Report on the Civil Veterinary Department, Eastern Bengal and Assam - 1907-1911
Year: 1907
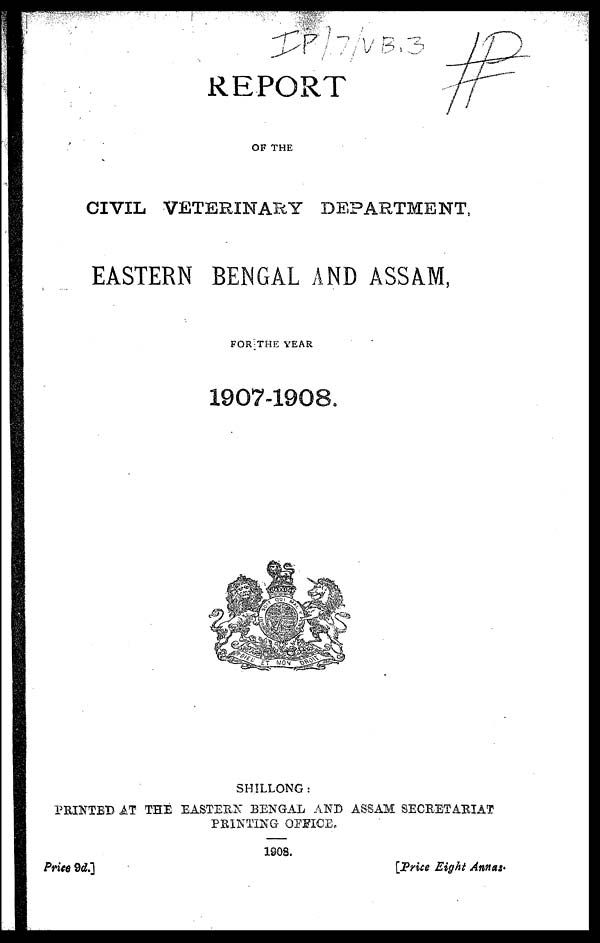
REPORT
OF THE
CIVIL VETERINARY DEPARTMENT,
EASTERN BENGAL AND ASSAM,
FOR THE YEAR
1907-1908.
SHILLONG:
PRINTED AT THE EASTERN BENGAL AND ASSAM SECRETARIAT
PRINTING OFFICE,
1908.
Price 9d]
[Price Eight Annas